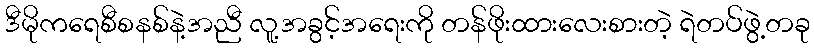
ဒီမိုကရေစီစနစ်နဲ့အညီ လူ့အခွင့်အရေးကို တန်ဖိုးထားလေးစားတဲ့ ရဲတပ်ဖွဲ့တခု